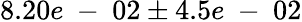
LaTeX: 8.20e\mathrm{~-~}02\pm 4.5e\mathrm{~-~}02